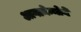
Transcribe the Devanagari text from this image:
आगामेन्नोने